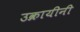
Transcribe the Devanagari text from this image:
उक्रायीनी